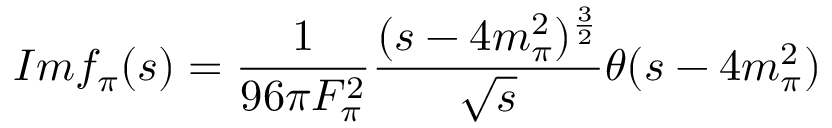
I m f _ { \pi } ( s ) = { \frac { 1 } { 9 6 \pi F _ { \pi } ^ { 2 } } } { \frac { ( s - 4 m _ { \pi } ^ { 2 } ) ^ { \frac { 3 } { 2 } } } { \sqrt { s } } } \theta ( s - 4 m _ { \pi } ^ { 2 } )